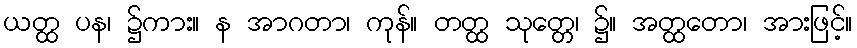
ယတ္ထ ပန၊ ၌ကား။ န အာဂတာ၊ ကုန်။ တတ္ထ သုတ္တေ၊ ၌။ အတ္ထတော၊ အားဖြင့်။